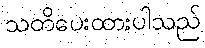
သတိပေးထားပါသည်